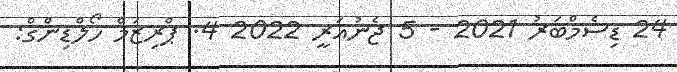
24 ޑިސެމްބަރު 2021 - 5 ޖެނުއަރީ 2022 4. ޕްރިޒަމް ހޯލްޑިންގް: